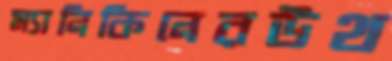
ম্যানিকিনেরউথ